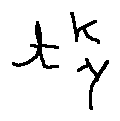
t _ { \gamma } ^ { k }